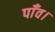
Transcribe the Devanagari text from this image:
पाँव।